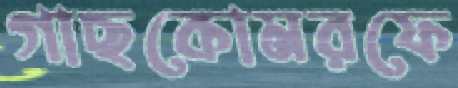
গাছকোমরফে